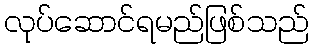
လုပ်ဆောင်ရမည်ဖြစ်သည်